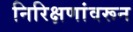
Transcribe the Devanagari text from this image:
निरिक्षणांवरून